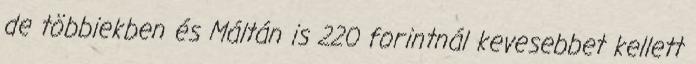
de többiekben és Máltán is 220 forintnál kevesebbet kellett